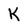
Character: K